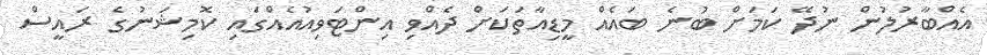
އެއްބާރުލުން ނުދޭ ކަމަށް ބުނެ ބައެއް މީޑިއާތަކަށް ދެއްވި އިންޓަވިއުއެއްގައި ކޮމިޝަނުގެ ރައީސް